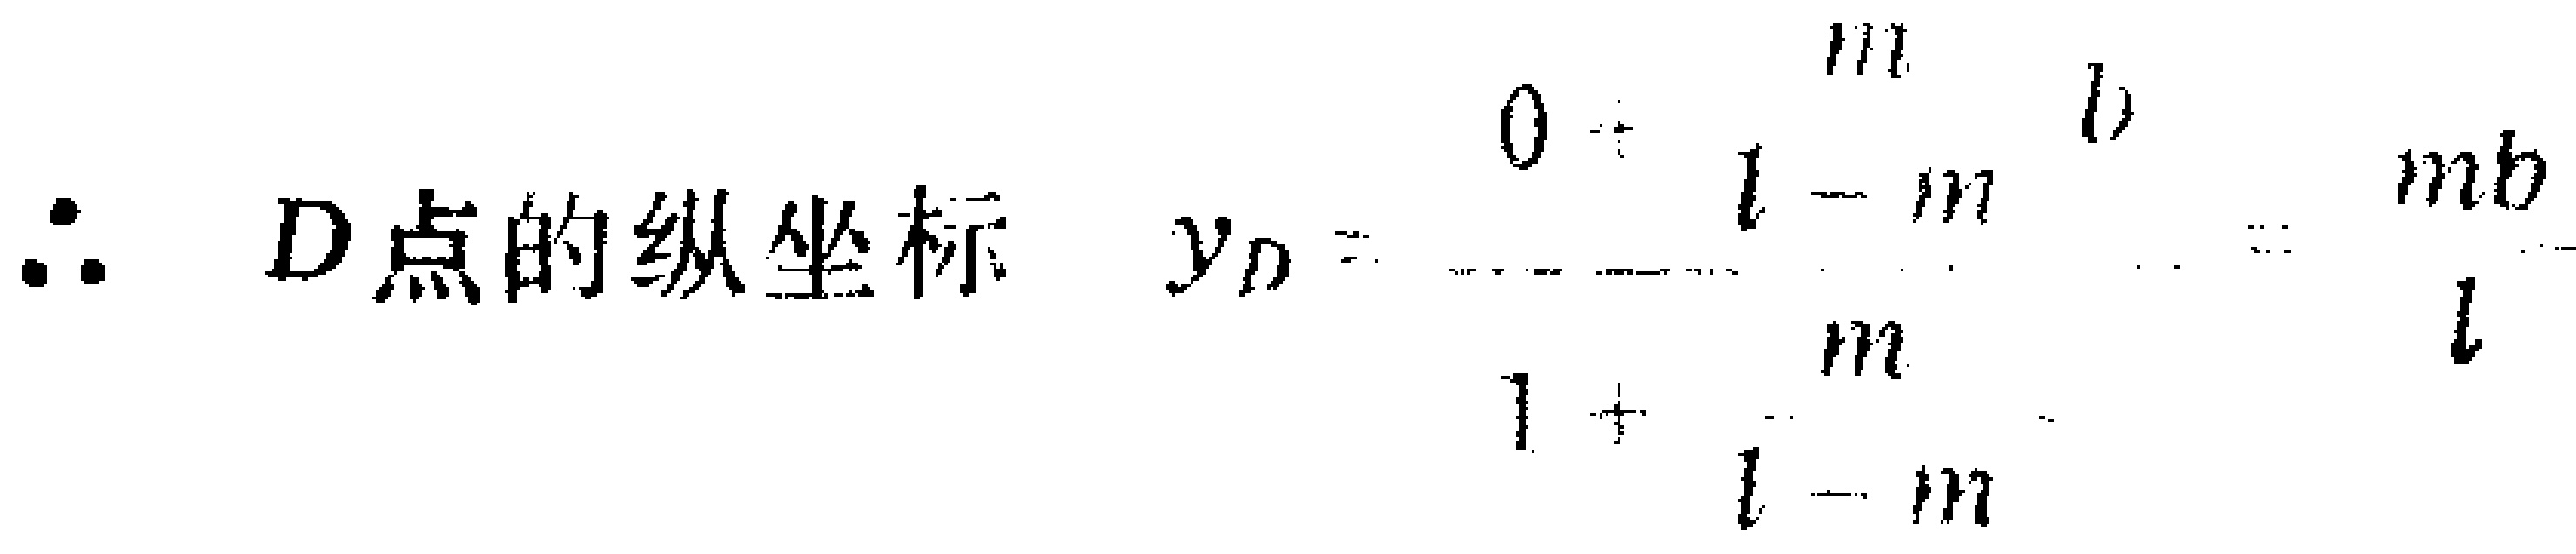
\(\therefore D点的纵坐标\ y_{D}=\frac{0 - \frac{m}{1 - m}b}{1+\frac{m}{1 - m}}=\frac{mb}{1}\)